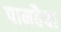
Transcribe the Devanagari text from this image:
पामहैबा